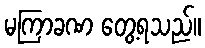
မကြာခဏ တွေ့ရသည်။